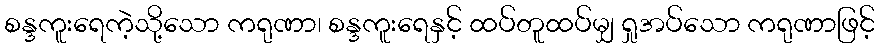
စန္ဒကူးရေကဲ့သို့သော ကရုဏာ၊ စန္ဒကူးရေနှင့် ထပ်တူထပ်မျှ ရှုအပ်သော ကရုဏာဖြင့်